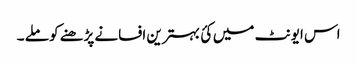
اس ایونٹ میں کئ بہترین افسانے پڑھنے کو ملے ۔